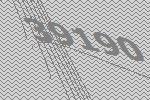
39190